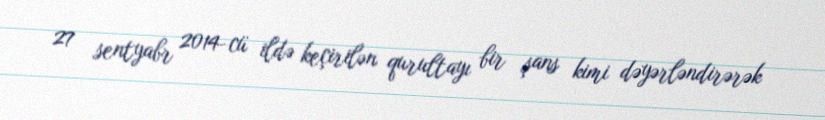
27 sentyabr 2014-cü ildə keçirilən qurultayı bir şans kimi dəyərləndirərək